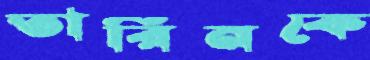
তারিনকে